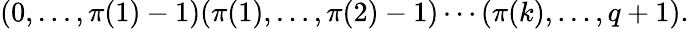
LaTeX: (0,\ldots,\pi(1)-1)(\pi(1),\ldots,\pi(2)-1)\cdots(\pi(k),\ldots,q+1).